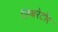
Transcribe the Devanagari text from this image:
लिबरेटॉर